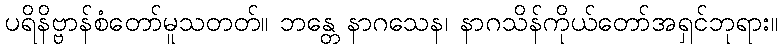
ပရိနိဗ္ဗာန်စံတော်မူသတတ်။ ဘန္တေ နာဂသေန၊ နာဂသိန်ကိုယ်တော်အရှင်ဘုရား။